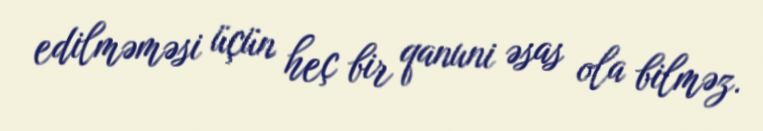
edilməməsi üçün heç bir qanuni əsas ola bilməz.